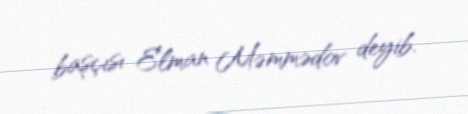
başçısı Elman Məmmədov deyib.